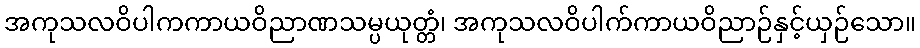
အကုသလဝိပါကကာယဝိညာဏသမ္ပယုတ္တံ၊ အကုသလဝိပါက်ကာယဝိညာဉ်နှင့်ယှဉ်သော။